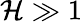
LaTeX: \mathcal{H}\gg1